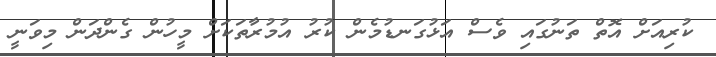
ކުރިއަށް އޮތް ތަނުގައި ވެސް އަޅުގަނޑުމެން ކުރު އުމުރާތަކަށް މީހުން ގެންދަން މިވަނީ